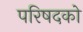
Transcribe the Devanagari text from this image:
परिषदको